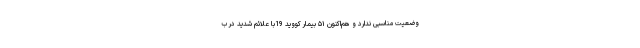
وضعیت مناسبی ندارد و هم‌اکنون ۵۱ بیمار کووید 19با علائم شدید در ب